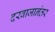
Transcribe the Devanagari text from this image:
दरवाजानंतर